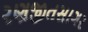
રણજીતસાગર